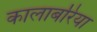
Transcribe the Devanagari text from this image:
कालाबरिया